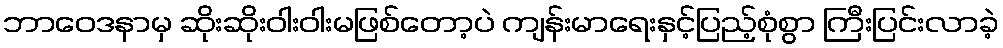
ဘာဝေဒနာမှ ဆိုးဆိုးဝါးဝါးမဖြစ်တော့ပဲ ကျန်းမာရေးနှင့်ပြည့်စုံစွာ ကြီးပြင်းလာခဲ့